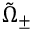
\boldsymbol { \tilde { \Omega } } _ { \pm }